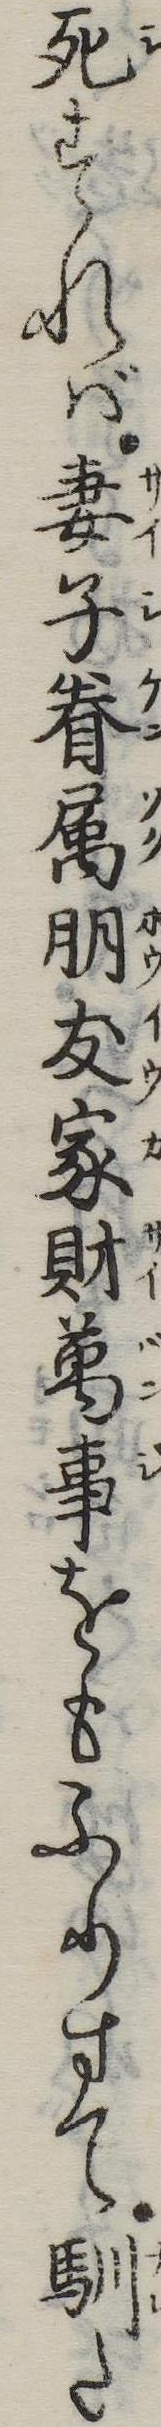
死すれば妻子眷属朋友家財万事をもふりすて馴た